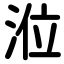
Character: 涖